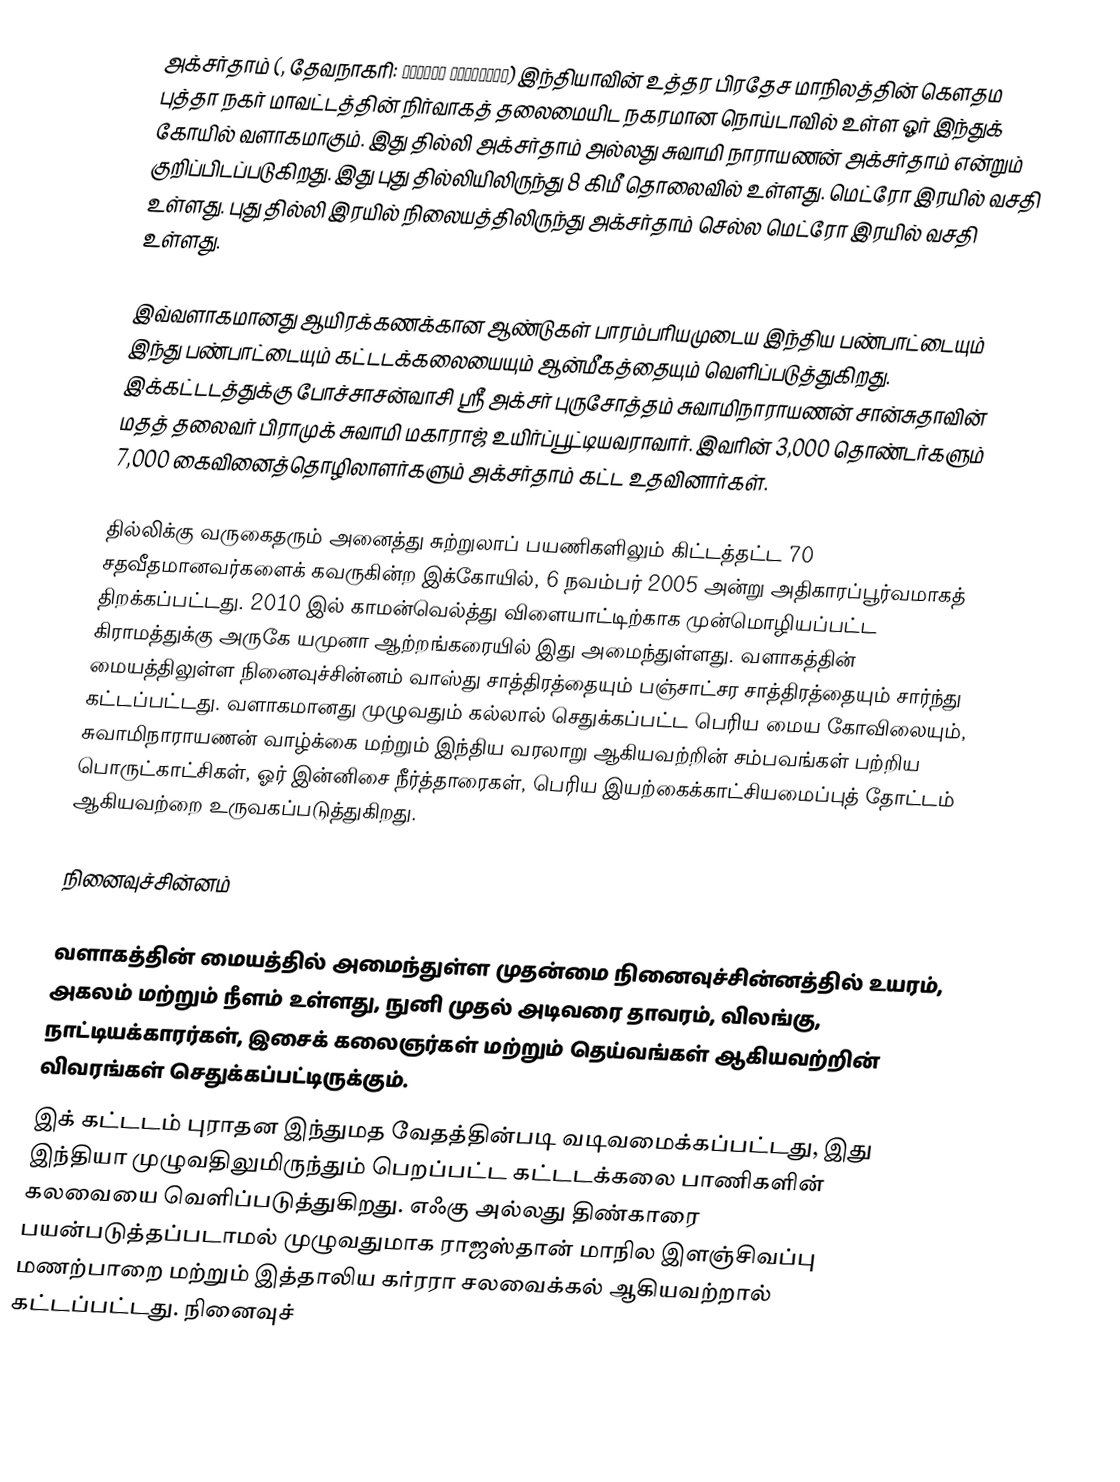
அக்சர்தாம்  (, தேவநாகரி: दिल्ली अक्षरधाम)  இந்தியாவின் உத்தர பிரதேச மாநிலத்தின் கௌதம புத்தா நகர் மாவட்டத்தின் நிர்வாகத் தலைமையிட நகரமான நொய்டாவில் உள்ள ஓர் இந்துக் கோயில் வளாகமாகும். இது தில்லி அக்சர்தாம்  அல்லது சுவாமி நாராயணன் அக்சர்தாம்  என்றும் குறிப்பிடப்படுகிறது. இது புது தில்லியிலிருந்து 8 கிமீ தொலைவில் உள்ளது. மெட்ரோ இரயில் வசதி உள்ளது. புது தில்லி இரயில் நிலையத்திலிருந்து அக்சர்தாம் செல்ல மெட்ரோ இரயில் வசதி உள்ளது.

இவ்வளாகமானது ஆயிரக்கணக்கான ஆண்டுகள் பாரம்பரியமுடைய இந்திய பண்பாட்டையும் இந்து பண்பாட்டையும் கட்டடக்கலையையும் ஆன்மீகத்தையும் வெளிப்படுத்துகிறது. இக்கட்டடத்துக்கு போச்சாசன்வாசி ஸ்ரீ அக்சர் புருசோத்தம் சுவாமிநாராயணன் சான்சுதாவின் மதத் தலைவர் பிராமுக் சுவாமி மகாராஜ் உயிர்ப்பூட்டியவராவார். இவரின் 3,000 தொண்டர்களும்  7,000 கைவினைத்தொழிலாளர்களும் அக்சர்தாம் கட்ட உதவினார்கள்.

தில்லிக்கு வருகைதரும் அனைத்து சுற்றுலாப் பயணிகளிலும் கிட்டத்தட்ட 70 சதவீதமானவர்களைக் கவருகின்ற இக்கோயில், 6 நவம்பர் 2005 அன்று அதிகாரப்பூர்வமாகத் திறக்கப்பட்டது. 2010 இல் காமன்வெல்த்து விளையாட்டிற்காக முன்மொழியப்பட்ட கிராமத்துக்கு அருகே யமுனா ஆற்றங்கரையில் இது அமைந்துள்ளது. வளாகத்தின் மையத்திலுள்ள நினைவுச்சின்னம் வாஸ்து சாத்திரத்தையும்  பஞ்சாட்சர சாத்திரத்தையும் சார்ந்து கட்டப்பட்டது. வளாகமானது முழுவதும் கல்லால் செதுக்கப்பட்ட பெரிய மைய கோவிலையும், சுவாமிநாராயணன் வாழ்க்கை மற்றும் இந்திய வரலாறு ஆகியவற்றின்  சம்பவங்கள் பற்றிய பொருட்காட்சிகள், ஓர் இன்னிசை நீர்த்தாரைகள், பெரிய இயற்கைக்காட்சியமைப்புத் தோட்டம் ஆகியவற்றை உருவகப்படுத்துகிறது.

நினைவுச்சின்னம்

வளாகத்தின் மையத்தில் அமைந்துள்ள முதன்மை நினைவுச்சின்னத்தில்  உயரம்,  அகலம் மற்றும்  நீளம் உள்ளது,  நுனி முதல் அடிவரை தாவரம், விலங்கு, நாட்டியக்காரர்கள், இசைக் கலைஞர்கள் மற்றும் தெய்வங்கள் ஆகியவற்றின் விவரங்கள் செதுக்கப்பட்டிருக்கும்.
இக் கட்டடம் புராதன இந்துமத வேதத்தின்படி வடிவமைக்கப்பட்டது, இது இந்தியா முழுவதிலுமிருந்தும் பெறப்பட்ட கட்டடக்கலை பாணிகளின் கலவையை வெளிப்படுத்துகிறது. எஃகு அல்லது திண்காரை பயன்படுத்தப்படாமல் முழுவதுமாக ராஜஸ்தான் மாநில இளஞ்சிவப்பு மணற்பாறை மற்றும் இத்தாலிய கர்ரரா சலவைக்கல் ஆகியவற்றால் கட்டப்பட்டது. நினைவுச்